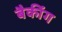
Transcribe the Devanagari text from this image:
बैकींग